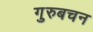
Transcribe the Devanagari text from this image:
गुरुबचन